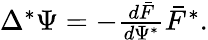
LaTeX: \begin{array}{r}{\Delta^{\ast}\Psi=-\frac{d\bar{F}}{d\Psi^{*}}\bar{F}^{*}.}\end{array}